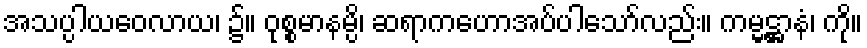
အသပ္ပါယဝေလာယ၊ ၌။ ဝုစ္စမာနမ္ပိ၊ ဆရာကဟောအပ်ပါသော်လည်း။ ကမ္မဋ္ဌာနံ၊ ကို။